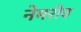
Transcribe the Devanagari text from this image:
नेमरोव